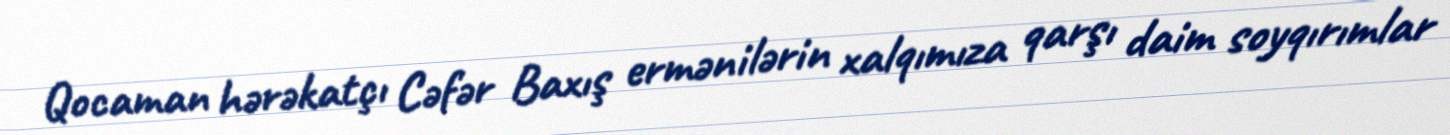
Qocaman hərəkatçı Cəfər Baxış ermənilərin xalqımıza qarşı daim soyqırımlar